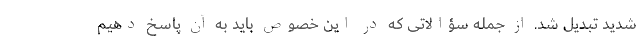
شدید تبدیل شد. از جمله سؤالاتی که در این خصوص باید به آن پاسخ دهیم